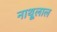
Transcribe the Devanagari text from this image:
नाथूलाल